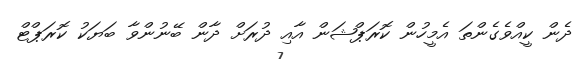
ދެން ކީއްވެގެންތަ އެމީހުން ކޮރަޕްޝަން އާއި ދުރަށް ދާން ބޭނުންވާ ބަޔަކު ކޮރަޕްޓް